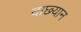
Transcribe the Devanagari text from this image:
दाछ्यान